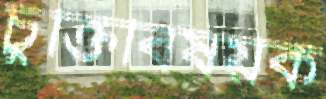
চুক্তিবিষয়ক